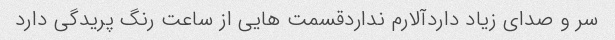
سر و صدای زیاد داردآلارم نداردقسمت هایی از ساعت رنگ پریدگی دارد